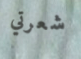
شعرتي